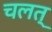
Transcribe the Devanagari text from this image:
चलत्